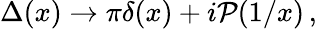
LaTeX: \Delta(x)\to\pi\delta(x)+i{\cal P}(1/x)\, ,